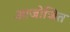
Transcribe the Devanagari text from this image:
आजोजित